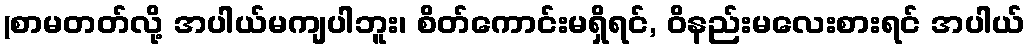
(စာမတတ်လို့ အပါယ်မကျပါဘူး၊ စိတ်ကောင်းမရှိရင်, ဝိနည်းမလေးစားရင် အပါယ်